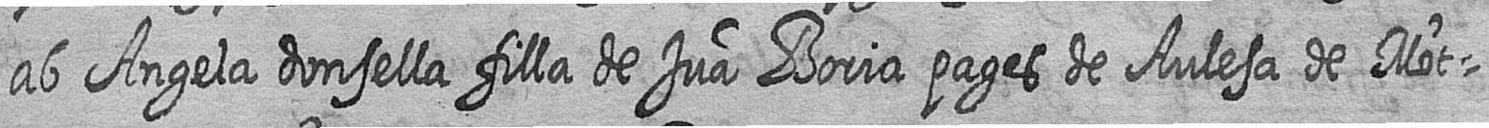
ab Angela donsella filla de Jua Boria pages de Aulesa de Mot=